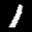
Label: 1